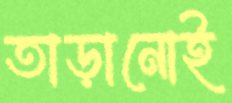
তাড়ানোই